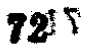
\(72^{\circ}\)